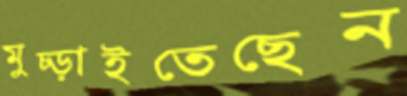
মুচ্‌ড়াইতেছেন